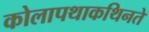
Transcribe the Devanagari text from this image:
कोलापथाकथिनते